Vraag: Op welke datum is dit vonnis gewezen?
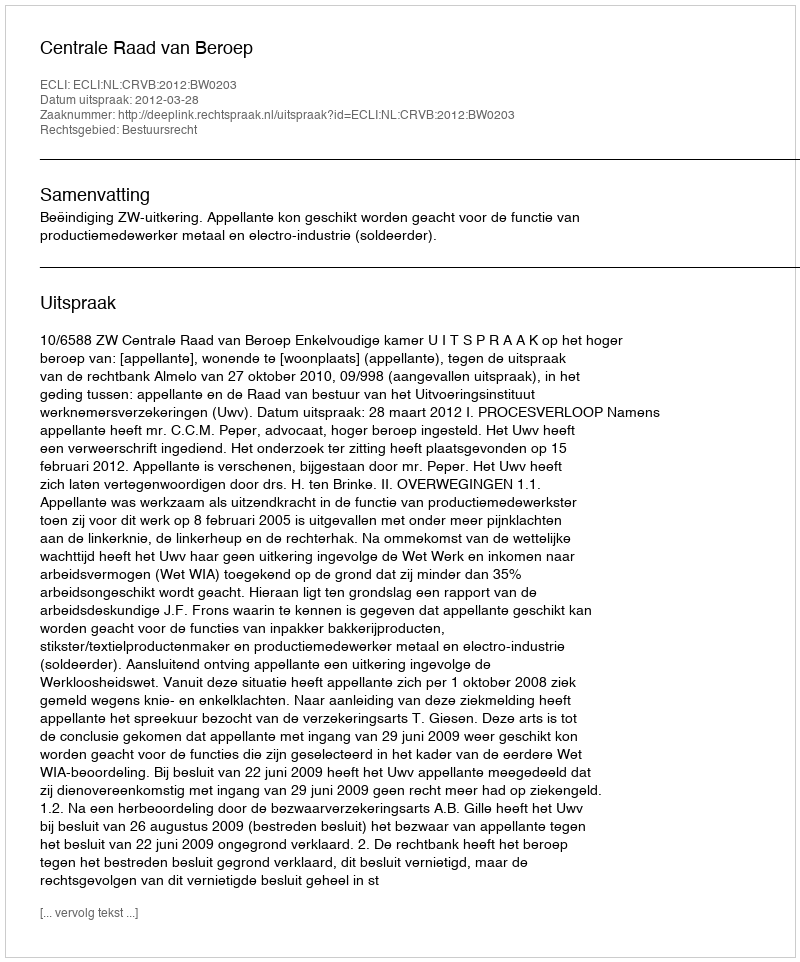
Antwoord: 2012-03-28